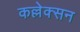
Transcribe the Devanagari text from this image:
कल्लेक्सन